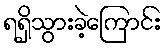
ရရှိသွားခဲ့ကြောင်း